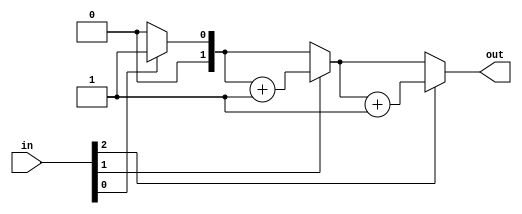
module top_module( 
    input [2:0] in,
    output [1:0] out );

    integer i;
    reg [1:0] out_reg;
    always @(*)begin
        out_reg = 0;
        for ( i=0; i<3; i = i + 1) begin
            if(in[i] == 1)begin
                out_reg = out_reg + 1;
            end
            else begin
                out_reg = out_reg;
            end
        end
    end

    assign out = out_reg;

    // reg [1:0] out_reg;

    // always @(*)begin
    //     case (in)
    //         0:out_reg = 0;
    //         1:out_reg = 1;
    //         2:out_reg = 1;
    //         3:out_reg = 2;
    //         4:out_reg = 1;
    //         5:out_reg = 2;
    //         6:out_reg = 2;
    //         7:out_reg = 3;
    //         default :
    //             out_reg = 0;
    //     endcase
    // end
    // assign out = out_reg;
endmodule